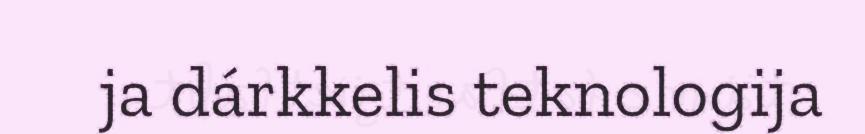
ja dárkkelis teknologija